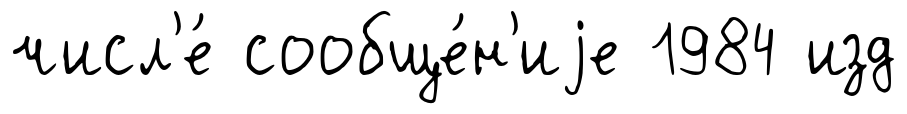
числ'е́ сообще́н'иjе 1984 изд